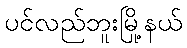
ပင်လည်ဘူးမြို့နယ်